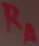
Text: RA